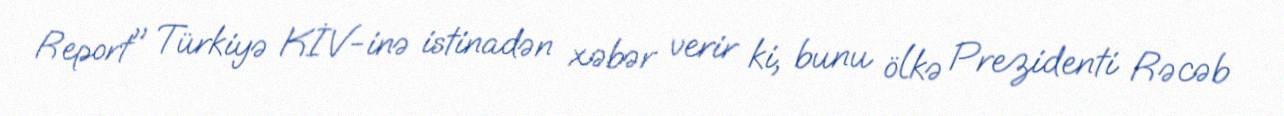
Report" Türkiyə KİV-inə istinadən xəbər verir ki, bunu ölkə Prezidenti Rəcəb